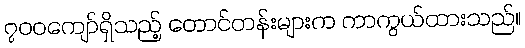
၇၀၀ကျော်ရှိသည့် တောင်တန်းများက ကာကွယ်ထားသည်။